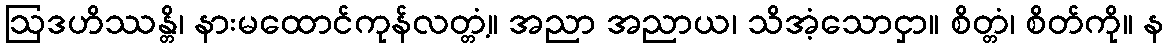
ဩဒဟိဿန္တိ၊ နားမထောင်ကုန်လတ္တံ့။ အညာ အညာယ၊ သိအံ့သောငှာ။ စိတ္တံ၊ စိတ်ကို။ န